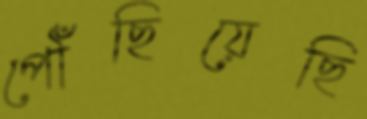
পৌঁছিয়েছি